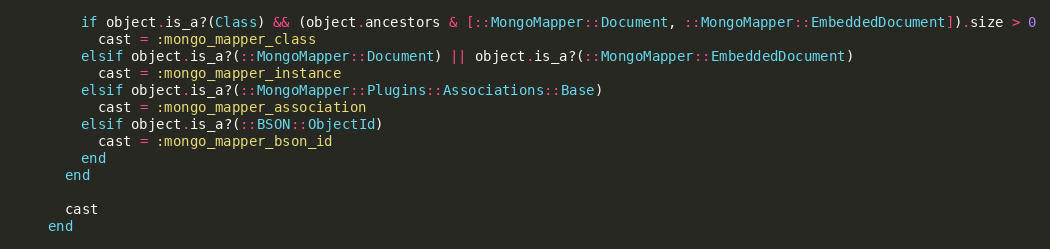
Language: Ruby
        if object.is_a?(Class) && (object.ancestors & [::MongoMapper::Document, ::MongoMapper::EmbeddedDocument]).size > 0
          cast = :mongo_mapper_class
        elsif object.is_a?(::MongoMapper::Document) || object.is_a?(::MongoMapper::EmbeddedDocument)
          cast = :mongo_mapper_instance
        elsif object.is_a?(::MongoMapper::Plugins::Associations::Base)
          cast = :mongo_mapper_association
        elsif object.is_a?(::BSON::ObjectId)
          cast = :mongo_mapper_bson_id
        end
      end

      cast
    end